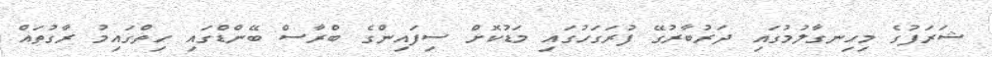
ޝަރަފުގެ މިހިނގާލުމުގައި ދަރުބާރުގޭ ފުރަގަހުގައި މަޑުކޮށް ސިފައިންގެ ބްރާސް ބޭންޑްގައި ހިތްގައިމު ރާގުތައް